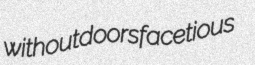
withoutdoors facetious